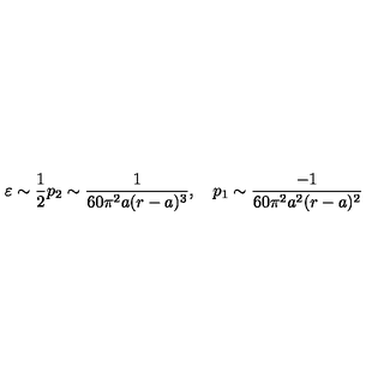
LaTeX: \varepsilon \sim \frac { 1 } { 2 } p _ { 2 } \sim \frac { 1 } { 6 0 \pi ^ { 2 } a ( r - a ) ^ { 3 } } , \quad p _ { 1 } \sim \frac { - 1 } { 6 0 \pi ^ { 2 } a ^ { 2 } ( r - a ) ^ { 2 } }